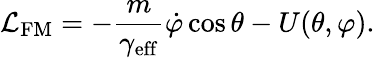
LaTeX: \mathcal{L}_{\mathrm{FM}}=-\frac{m}{\gamma_{\mathrm{eff}}}\dot{\varphi}\cos\theta-U(\theta,\varphi).